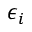
\epsilon _ { i }